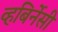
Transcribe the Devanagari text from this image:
व्हबिर्नेसी